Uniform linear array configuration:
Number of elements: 64
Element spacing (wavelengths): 0.5
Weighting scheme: uniform
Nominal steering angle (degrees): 60
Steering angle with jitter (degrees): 58.809
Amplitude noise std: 0.05
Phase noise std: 0.05

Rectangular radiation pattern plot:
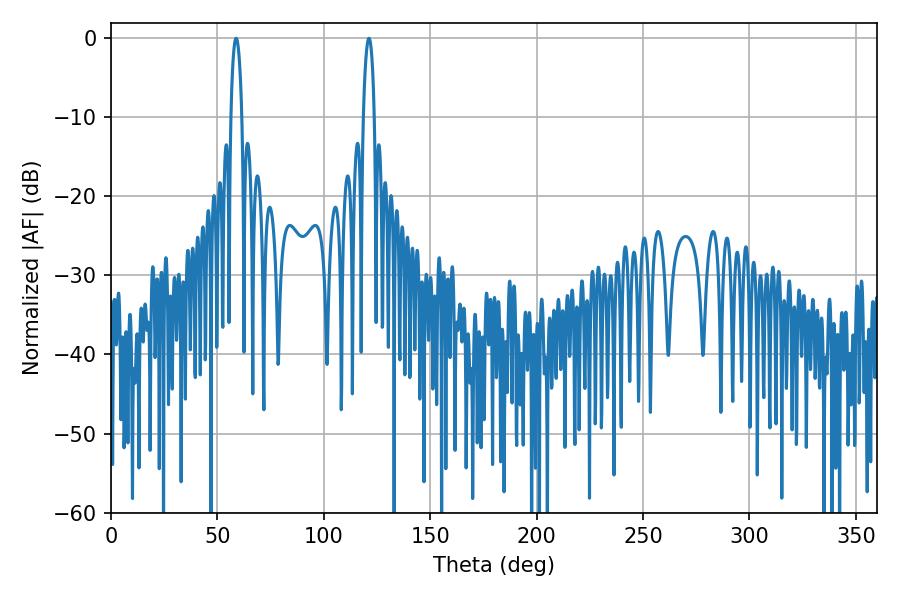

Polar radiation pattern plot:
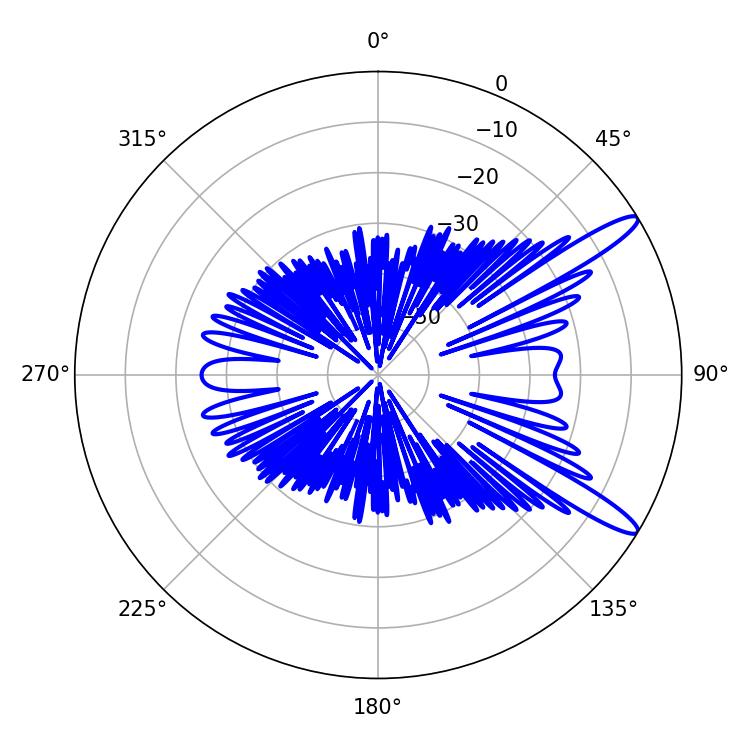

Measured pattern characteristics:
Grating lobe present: FALSE
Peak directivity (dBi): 12.944
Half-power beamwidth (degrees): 2.88
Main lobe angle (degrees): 58.86